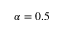
\alpha = 0 . 5